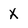
Character: X